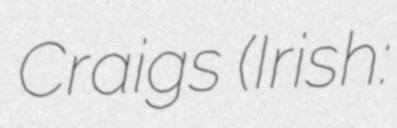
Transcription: Craigs (Irish: